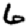
Digit: 6